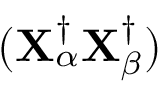
( \mathbf { X } _ { \alpha } ^ { \dagger } \mathbf { X } _ { \beta } ^ { \dagger } )